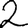
Digit: 2